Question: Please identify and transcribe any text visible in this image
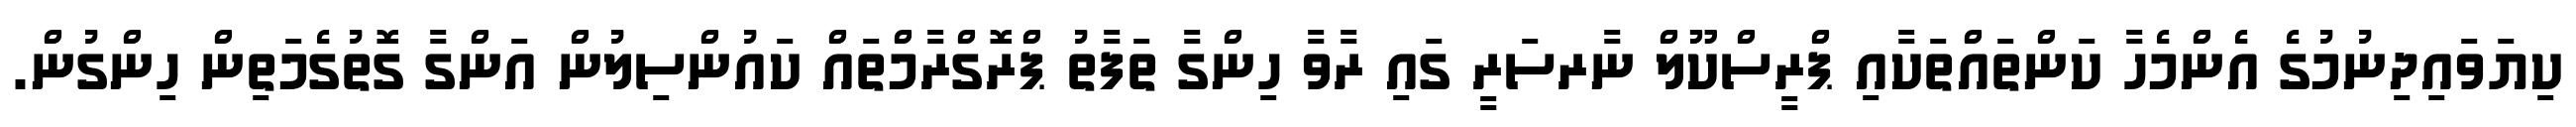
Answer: ކިޔަވައިދިނުމުގެ އެންމެހާ ކަންތައްތަކާއި ޕްރީސްކޫލް ނާރސަރީ ގައި ރާވާ ހިންގާ ތަފާތު ޕްރޮގްރާމްތައް ކައުންސިލުން އަންގާ ގޮތުގެމަތިން ހިންގުން.